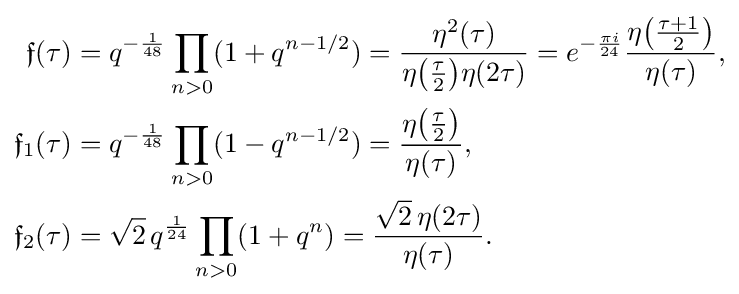
{\begin{aligned}{\mathfrak {f}}(\tau )&=q^{-{\frac {1}{48}}}\prod _{n>0}(1+q^{n-1/2})={\frac {\eta ^{2}(\tau )}{\eta {\big (}{\tfrac {\tau }{2}}{\big )}\eta (2\tau )}}=e^{-{\frac {\pi i}{24}}}{\frac {\eta {\big (}{\frac {\tau +1}{2}}{\big )}}{\eta (\tau )}},\\{\mathfrak {f}}_{1}(\tau )&=q^{-{\frac {1}{48}}}\prod _{n>0}(1-q^{n-1/2})={\frac {\eta {\big (}{\tfrac {\tau }{2}}{\big )}}{\eta (\tau )}},\\{\mathfrak {f}}_{2}(\tau )&={\sqrt {2}}\,q^{\frac {1}{24}}\prod _{n>0}(1+q^{n})={\frac {{\sqrt {2}}\,\eta (2\tau )}{\eta (\tau )}}.\end{aligned}}